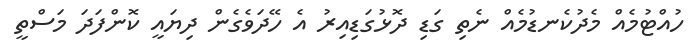
ހުއްޓުމެއް މެދުކެނޑުމެއް ނެތި ގަޑި ދޮޅުގަޑިއިރު އެ ހޭދަވެގެން ދިޔައީ ކޮންފަދަ މަސްތީ